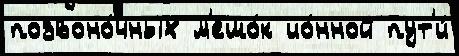
позвоно́чных м'ешо́к ио́нной пут'и́